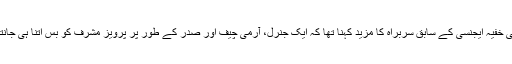
بھارتی خفیہ ایجنسی کے سابق سربراہ کا مزید کہنا تھا کہ ایک جنرل، آرمی چیف اور صدر کے طور پر پرویز مشرف کو بس اتنا ہی جانتا ہوں۔